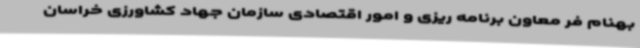
بهنام فر معاون برنامه ریزی و امور اقتصادی سازمان جهاد کشاورزی خراسان